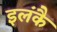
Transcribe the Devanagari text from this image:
इलंकै